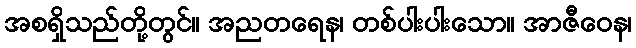
အစရှိသည်တို့တွင်။ အညတရေန၊ တစ်ပါးပါးသော။ အာဇီဝေန၊